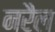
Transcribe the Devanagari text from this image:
नरैल